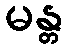
မန္တ